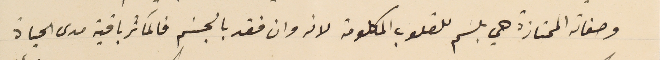
وصفاته الممتازة هي بلسَم للقلوب المكلومة لانه وان فقد بالجسَم فالمآثر باقية مدى الحياة